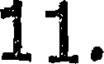
11.